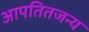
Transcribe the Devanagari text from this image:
आपतितजन्य